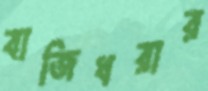
বাজিধরার